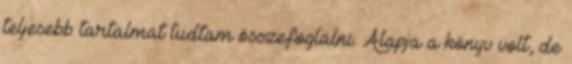
teljesebb tartalmat tudtam összefoglalni. Alapja a könyv volt, de